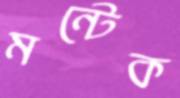
মন্টেক